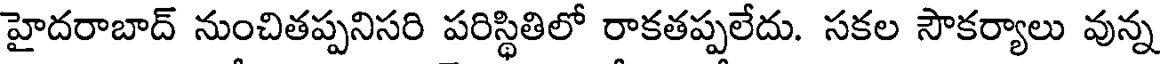
హైదరాబాద్ నుంచితప్పనిసరి పరిస్థితిలో రాకతప్పలేదు. సకల సౌకర్యాలు వున్న